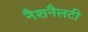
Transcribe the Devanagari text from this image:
नैशनैलटी